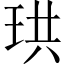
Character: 珙